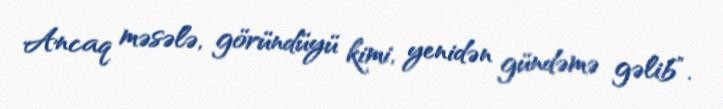
Ancaq məsələ, göründüyü kimi, yenidən gündəmə gəlib”.